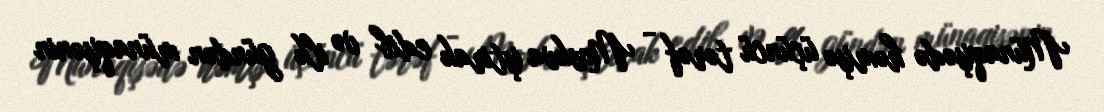
Münaqişədə həmişə üçüncü tərəf - Moskva iştirak edib və ilk gündən münaqişənin